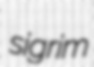
sigrim